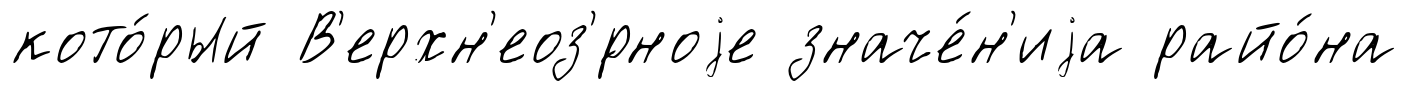
кото́рый В'ерхн'еоз'́рноjе значе́н'иjа райо́на